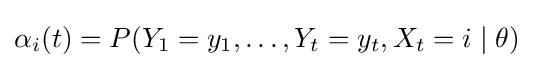
\alpha _{i}(t)=P(Y_{1}=y_{1},\ldots ,Y_{t}=y_{t},X_{t}=i\mid \theta )